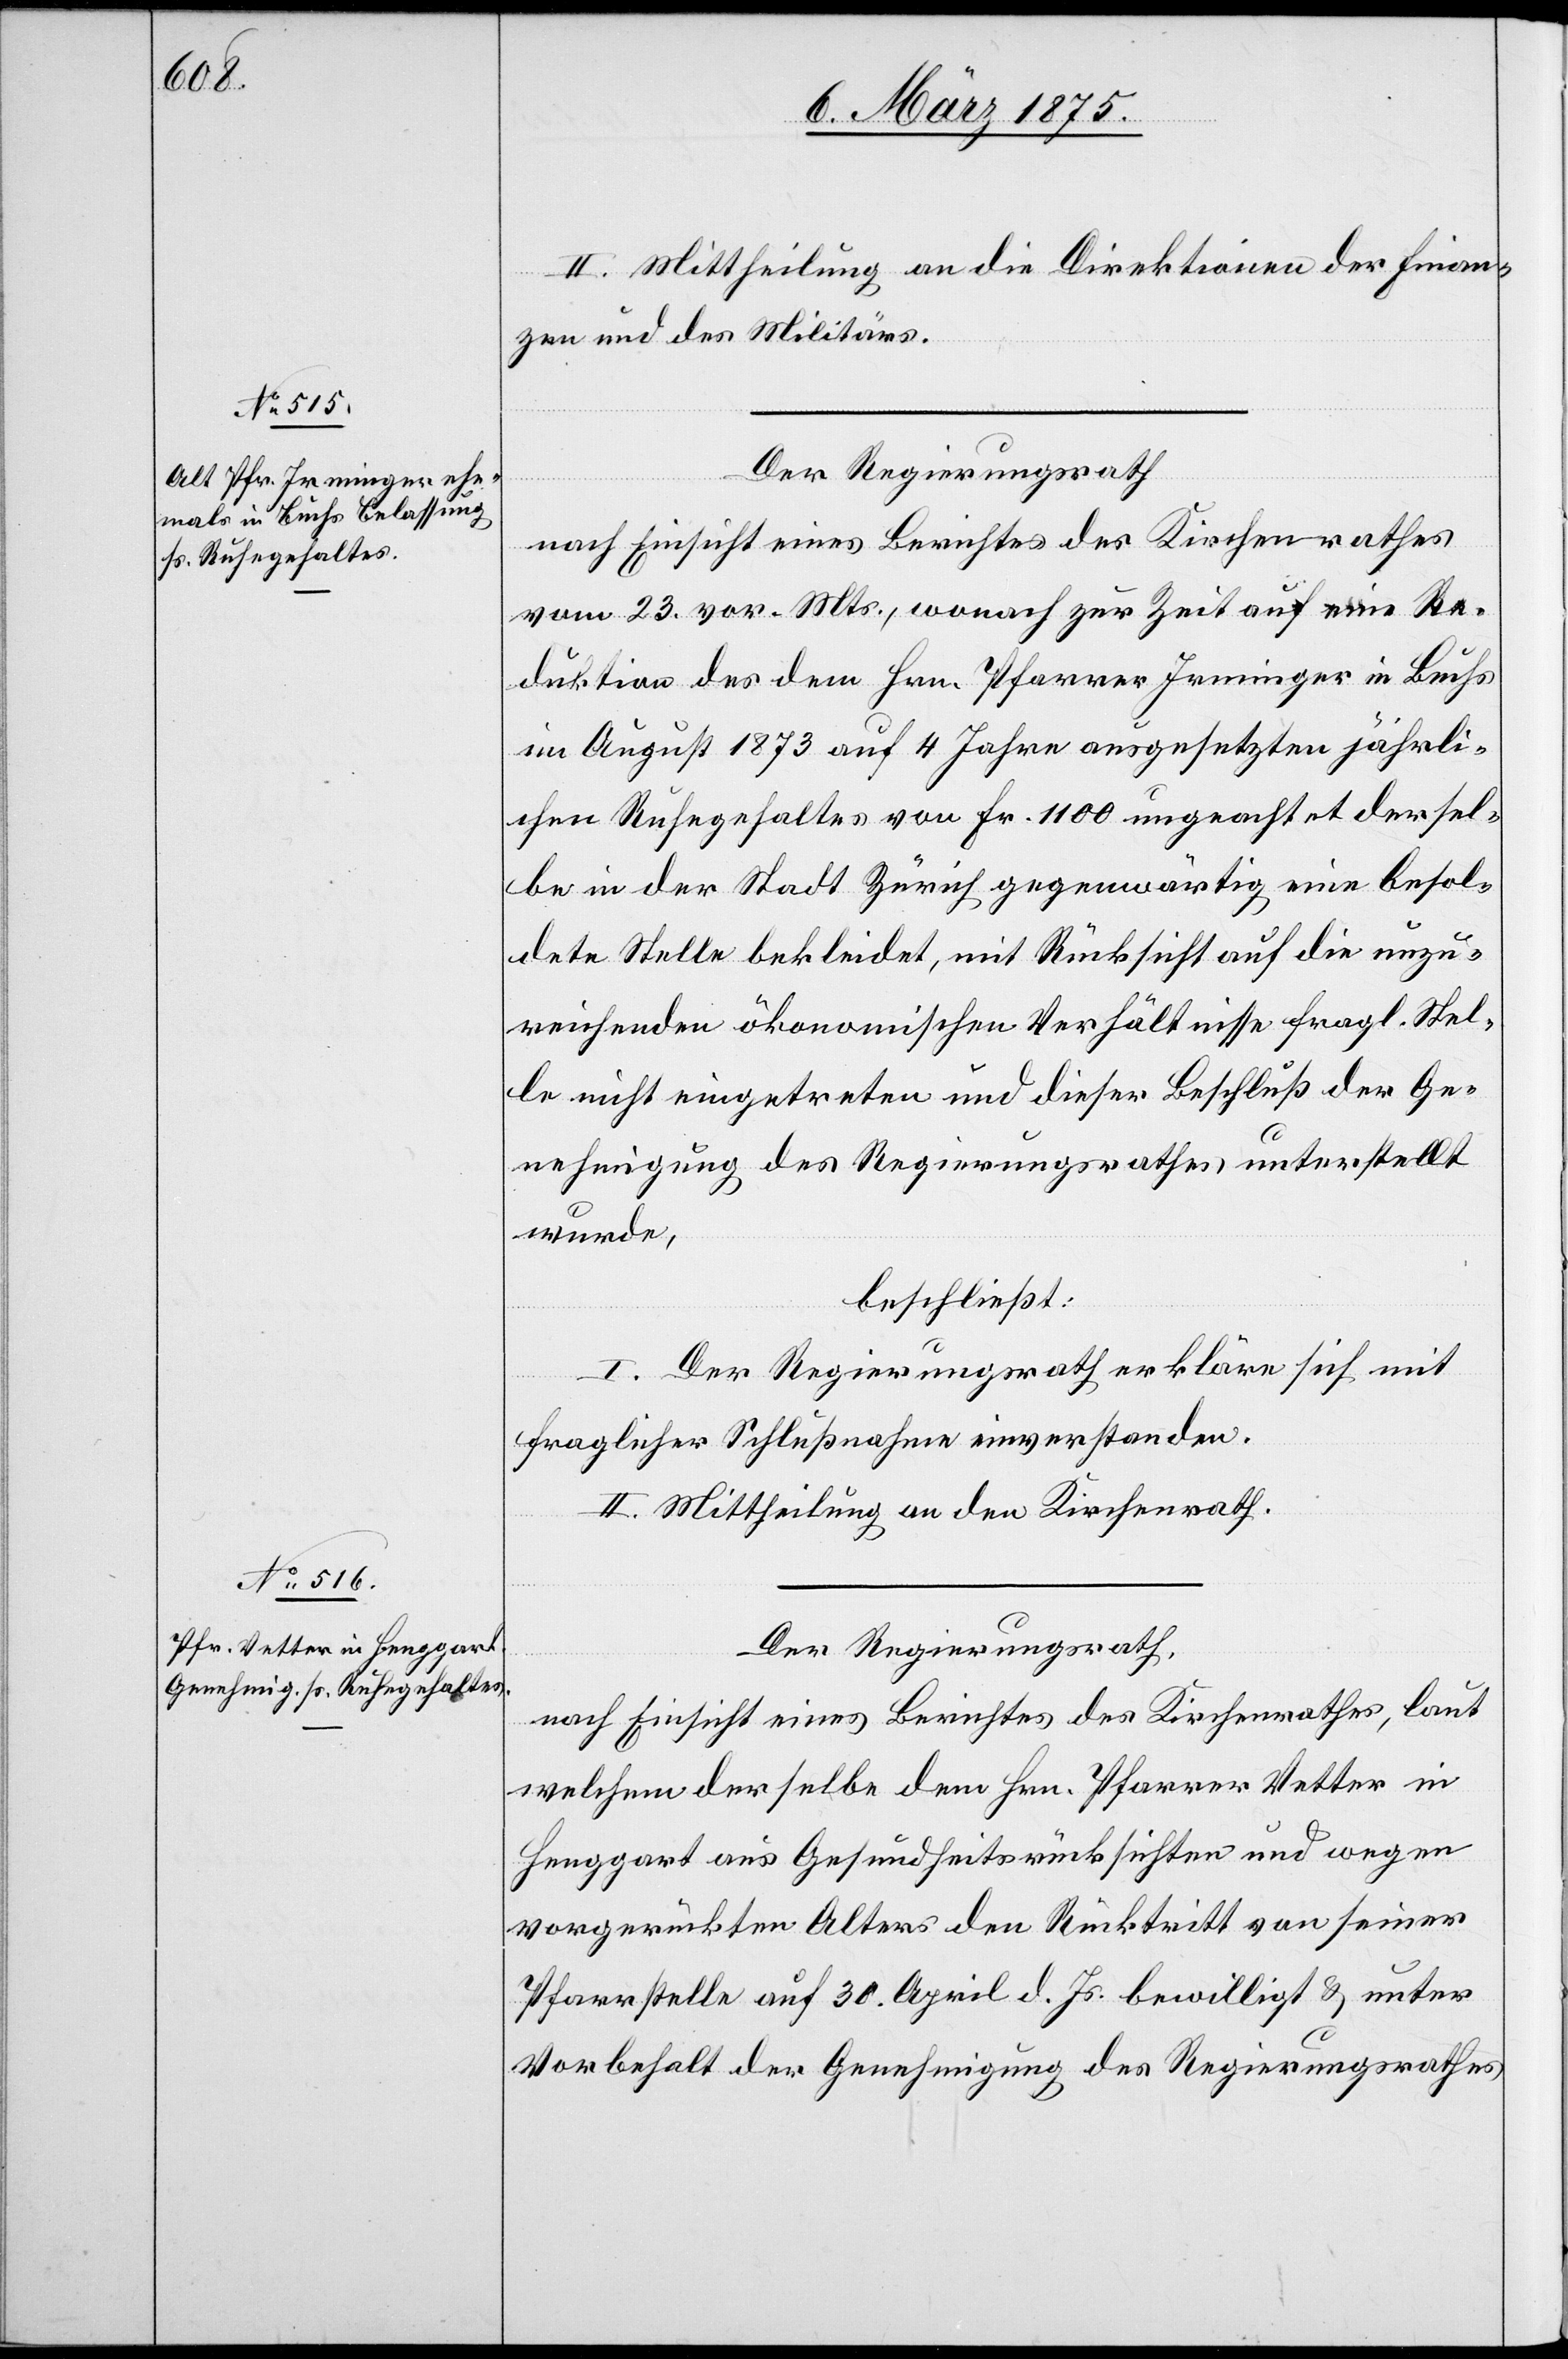
II. Mittheilung an die Direktionen der Finan¬
zen und des Militärs.
Der Regierungsrath
nach Einsicht eines Berichts des Kirchenrathes
vom 23. vor. Mts., wonach zur Zeit auf eine Re¬
duktion des dem Hrn. Pfarrer Irminger in Buchs
im August 1873 auf 4 Jahre ausgesetzten jährli¬
chen Ruhegehaltes von Fr. 1100 ungeachtet dersel¬
be in der Stadt Zürich gegenwärtig eine besol¬
dete Stelle bekleidet, mit Rücksicht auf die unzu¬
reichenden ökonomischen Verhältnisse fragl. Stel¬
le nicht eingetreten und dieser Beschluß der Ge¬
nehmigung des Regierungsrathes unterstellt
wurde,
beschließt:
I. Der Regierungsrath erkläre sich mit
fraglicher Schlußnahme einverstanden.
II. Mittheilung an den Kirchenrath.
Der Regierungsrath,
nach Einsicht eines Berichtes des Kirchenrathes, laut
welchem derselbe dem Hrn. Pfarrer Vetter in
Henggart aus Gesundheitsrücksichten und wegen
vorgerückten Alters den Rücktritt von seiner
Pfarrerstelle auf 30. April d. Jr. bewilligt & unter
Vorbehalt der Genehmigung des Regierungsrathes